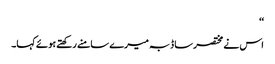
‘‘
اس نے مختصر سا ڈبہ میرے سامنے رکھتے ہوئے کہا۔